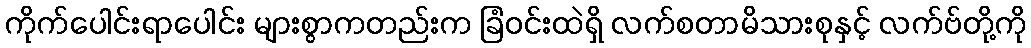
ကိုက်ပေါင်းရာပေါင်း များစွာကတည်းက ခြံဝင်းထဲရှိ လက်စတာမိသားစုနှင့် လက်ဗ်တို့ကို